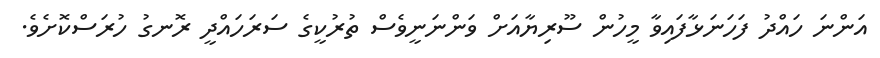
އަންނަ ހައްދު ފަހަނަޅާފައިވާ މީހުން ސޫރިޔާއަށް ވަންނަނީވެސް ތުރުކީގެ ސަރަހައްދީ ރޮނގު ހުރަސްކޮށެވެ.